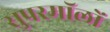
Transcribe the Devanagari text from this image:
सुपरमॉलों